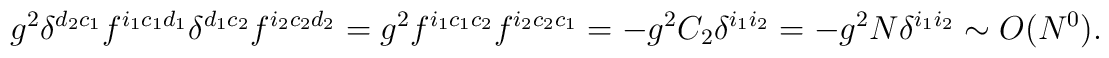
g^2 \delta^{d_2 c_1} f^{i_1 c_1 d_1}   \delta^{d_1 c_2} f^{i_2 c_2 d_2}  =  g^2 f^{i_1 c_1 c_2}   f^{i_2 c_2 c_1} = - g^2 C_2 \delta^{i_1 i_2} = - g^2 N  \delta^{i_1 i_2} \sim O(N^0) .